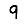
Digit: 9